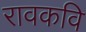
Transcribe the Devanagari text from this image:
रावकवि